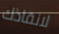
لانقاذك